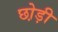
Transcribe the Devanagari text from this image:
छो़ड़ी